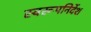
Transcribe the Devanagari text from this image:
स्वरूपनिर्देश